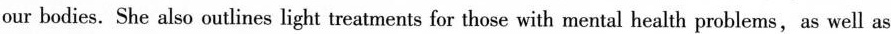
our bodies. She also outlines light treatments for those with mental health problems,as well as